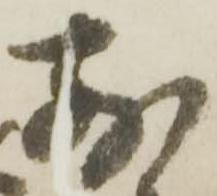
前